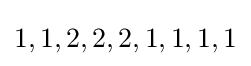
1,1,2,2,2,1,1,1,1